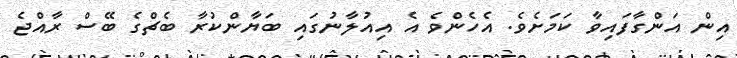
އިން އަންގާފައިވާ ކަމަށެވެ. އެހެންވެ އެ އިއުލާނުގައި ބަޔާންކުރާ ބެޗްގެ ބޭސް ރާއްޖެ